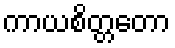
ကာယစိတ္တတော